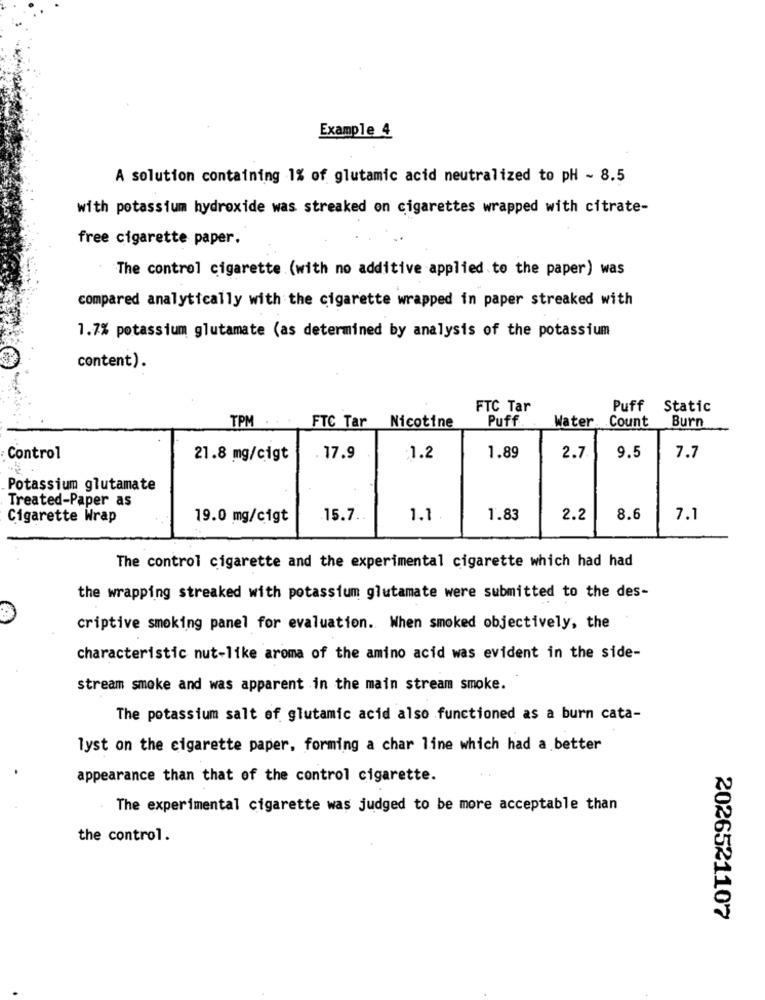
Example 4
A solution containing 1% of glutamic acid neutralized to pH - 8.5
with potassium hydroxide was streaked on cigarettes wrapped with citrate-
free cigarette paper.
The control cigarette (with no additive applied to the paper) was
compared analytically with the cigarette wrapped in paper streaked with
1.7% potassium glutamate (as determined by analysis of the potassium
content).
FTC Tar
Puff
Static
Puff
Water.
Count
Burn
TPM
FTC Tar Nicotine
9.5
Control
21.8 mg/cigt
. 17.9
:1.2
1.89
2.7
7.7
Potassium glutamate
Treated-Paper as
Cigarette Wrap
19.0 mg/cigt
15.7 ..
1.1.
1.83
2.2
8.6
7.1
The control cigarette and the experimental cigarette which had had
the wrapping streaked with potassium glutamate were submitted to the des-
criptive smoking panel for evaluation. When smoked objectively, the
characteristic nut-like aroma of the amino acid was evident in the side-
stream smoke and was apparent in the main stream smoke.
The potassium salt of glutamic acid also functioned as a burn cata-
lyst on the cigarette paper, forming a char line which had a better
appearance than that of the control cigarette.
The experimental cigarette was judged to be more acceptable than
the control.
2026521107